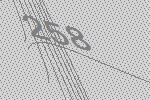
258